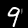
Label: 9